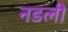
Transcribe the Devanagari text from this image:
नडली